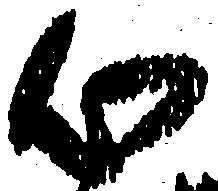
心